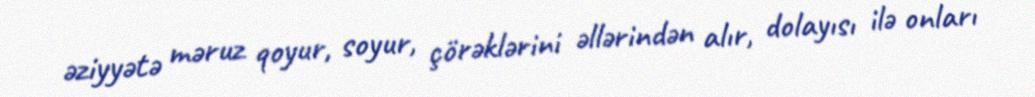
əziyyətə məruz qoyur, soyur, çörəklərini əllərindən alır, dolayısı ilə onları